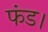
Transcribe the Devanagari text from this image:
फंड।